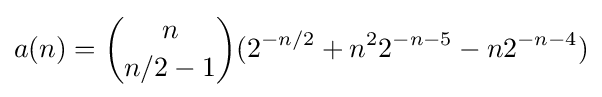
a(n)={n \choose n/2-1}(2^{-n/2}+n^{2}2^{-n-5}-n2^{-n-4})